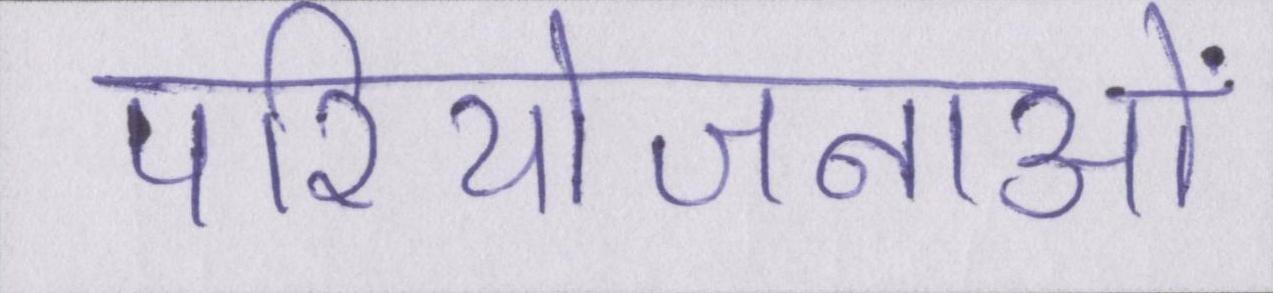
परियोजनाओं